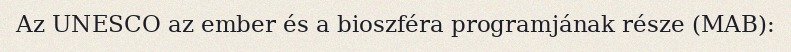
Az UNESCO az ember és a bioszféra programjának része (MAB):